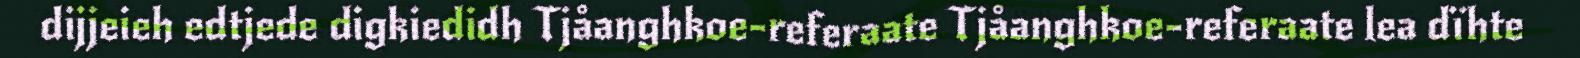
dijjeieh edtjede digkiedidh Tjåanghkoe-referaate Tjåanghkoe-referaate lea dïhte